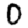
Digit: 0